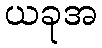
ယခုအ